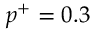
p ^ { + } = 0 . 3